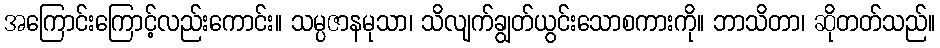
အကြောင်းကြောင့်လည်းကောင်း။ သမ္ပဇာနမုသာ၊ သိလျက်ချွတ်ယွင်းသောစကားကို။ ဘာသိတာ၊ ဆိုတတ်သည်။